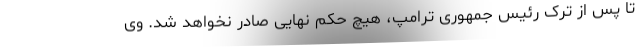
تا پس از ترک رئیس جمهوری ترامپ، هیچ حکم نهایی صادر نخواهد شد. وی